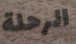
الرحلة